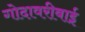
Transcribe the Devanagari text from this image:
गोदावरीबाई